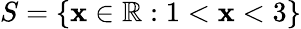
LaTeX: S=\{ \mathbf{x}\in\mathbb{{R}}:1<\mathbf{x}<3\}